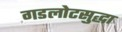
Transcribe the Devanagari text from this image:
गडलोटसुद्धा